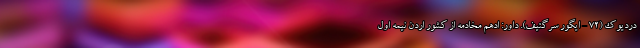
دردیوک (72 - ایگور سرگئیف). داور: ادهم مخادمه از کشور اردن نیمه اول